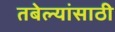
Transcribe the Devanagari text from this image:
तबेल्यांसाठी